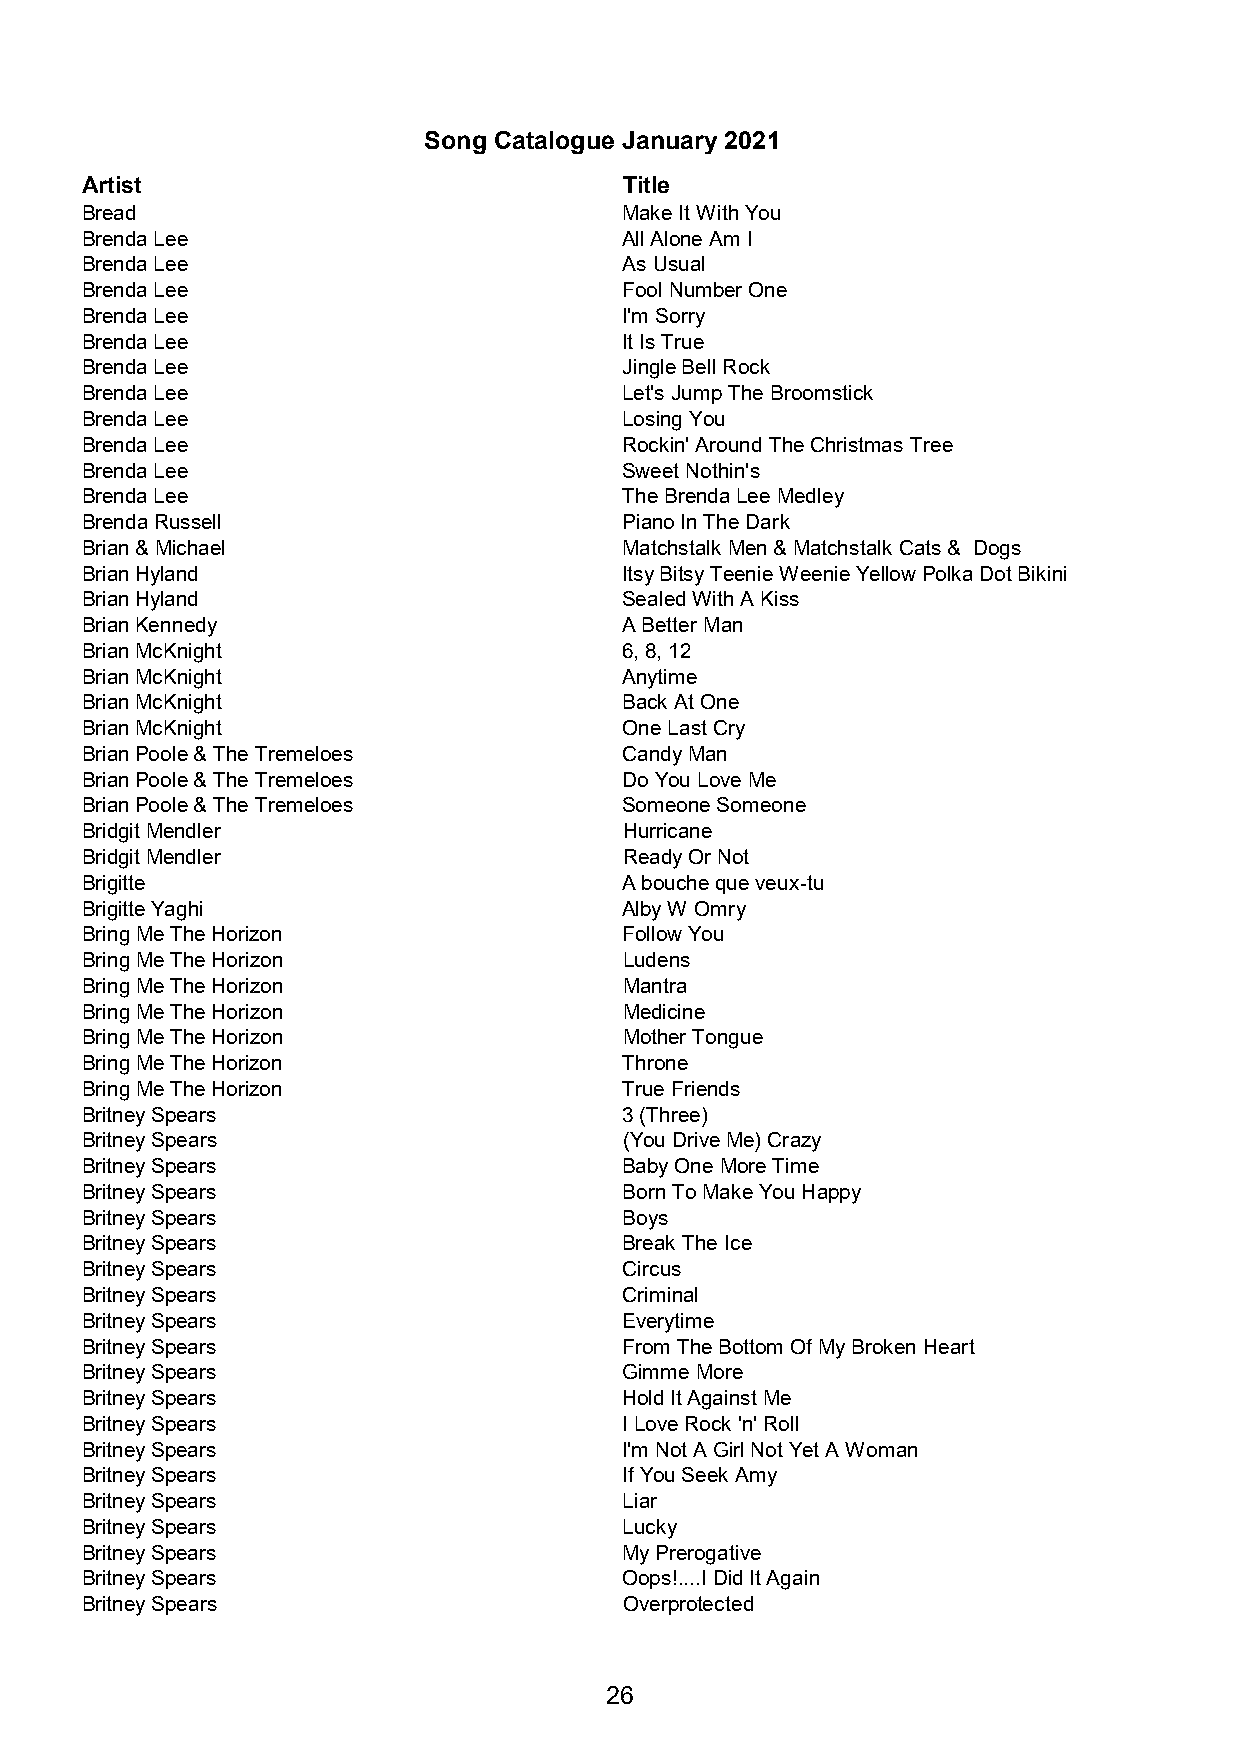
Song Catalogue January 2021
 Artist                              Title
 Bread                               Make It With You
 Brenda Lee                          All Alone Am I
 Brenda Lee                          As Usual
 Brenda Lee                          Fool Number One
 Brenda Lee                          I'm Sorry
 Brenda Lee                          It Is True
 Brenda Lee                          Jingle Bell Rock
 Brenda Lee                          Let's Jump The Broomstick
 Brenda Lee                          Losing You
 Brenda Lee                          Rockin' Around The Christmas Tree
 Brenda Lee                          Sweet Nothin's
 Brenda Lee                          The Brenda Lee Medley
 Brenda Russell                      Piano In The Dark
 Brian & Michael                     Matchstalk Men & Matchstalk Cats & Dogs
 Brian Hyland                        Itsy Bitsy Teenie Weenie Yellow Polka Dot Bikini
 Brian Hyland                        Sealed With A Kiss
 Brian Kennedy                       A Better Man
 Brian McKnight                      6, 8, 12
 Brian McKnight                      Anytime
 Brian McKnight                      Back At One
 Brian McKnight                      One Last Cry
 Brian Poole & The Tremeloes         Candy Man
 Brian Poole & The Tremeloes         Do You Love Me
 Brian Poole & The Tremeloes         Someone Someone
 Bridgit Mendler                     Hurricane
 Bridgit Mendler                     Ready Or Not
 Brigitte                            A bouche que veux-tu
 Brigitte Yaghi                      Alby W Omry
 Bring Me The Horizon                Follow You
 Bring Me The Horizon                Ludens
 Bring Me The Horizon                Mantra
 Bring Me The Horizon                Medicine
 Bring Me The Horizon                Mother Tongue
 Bring Me The Horizon                Throne
 Bring Me The Horizon                True Friends
 Britney Spears                      3 (Three)
 Britney Spears                      (You Drive Me) Crazy
 Britney Spears                      Baby One More Time
 Britney Spears                      Born To Make You Happy
 Britney Spears                      Boys
 Britney Spears                      Break The Ice
 Britney Spears                      Circus
 Britney Spears                      Criminal
 Britney Spears                      Everytime
 Britney Spears                      From The Bottom Of My Broken Heart
 Britney Spears                      Gimme More
 Britney Spears                      Hold It Against Me
 Britney Spears                      I Love Rock 'n' Roll
 Britney Spears                      I'm Not A Girl Not Yet A Woman
 Britney Spears                      If You Seek Amy
 Britney Spears                      Liar
 Britney Spears                      Lucky
 Britney Spears                      My Prerogative
 Britney Spears                      Oops!....I Did It Again
 Britney Spears                      Overprotected
 26